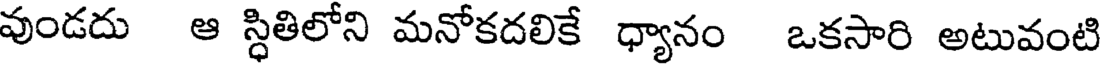
వుండదు ఆ స్ధితిలోని మనోకదలికే ధ్యానం ఒకసారి అటువంటి